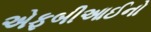
એફબીઆઈનો